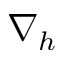
\nabla _ { h }